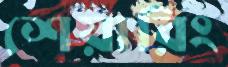
শেয়ারিং